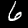
Label: 6